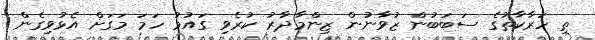
ތި ހަރާކާތުގެ ސަބަބުން ޒުވާނުން ޒިންމާދާރު ކުރެވި ގައުމު ހަމަ މަގަށް އެޅުވިގެން